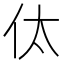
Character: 㑀